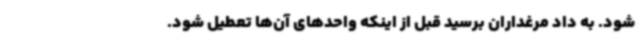
شود. به داد مرغداران برسید قبل از اینکه واحدهای آن‌ها تعطیل شود.